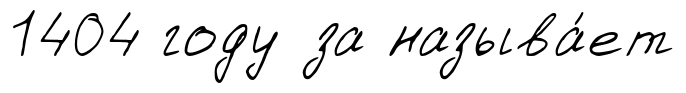
1404 году за называ́ет